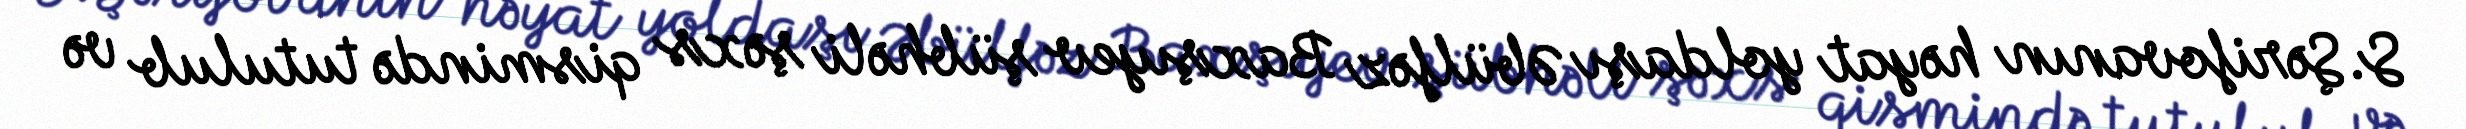
S.Şərifovanın həyat yoldaşı Əbülfəz Baxşıyev şübhəli şəxs qismində tutulub və